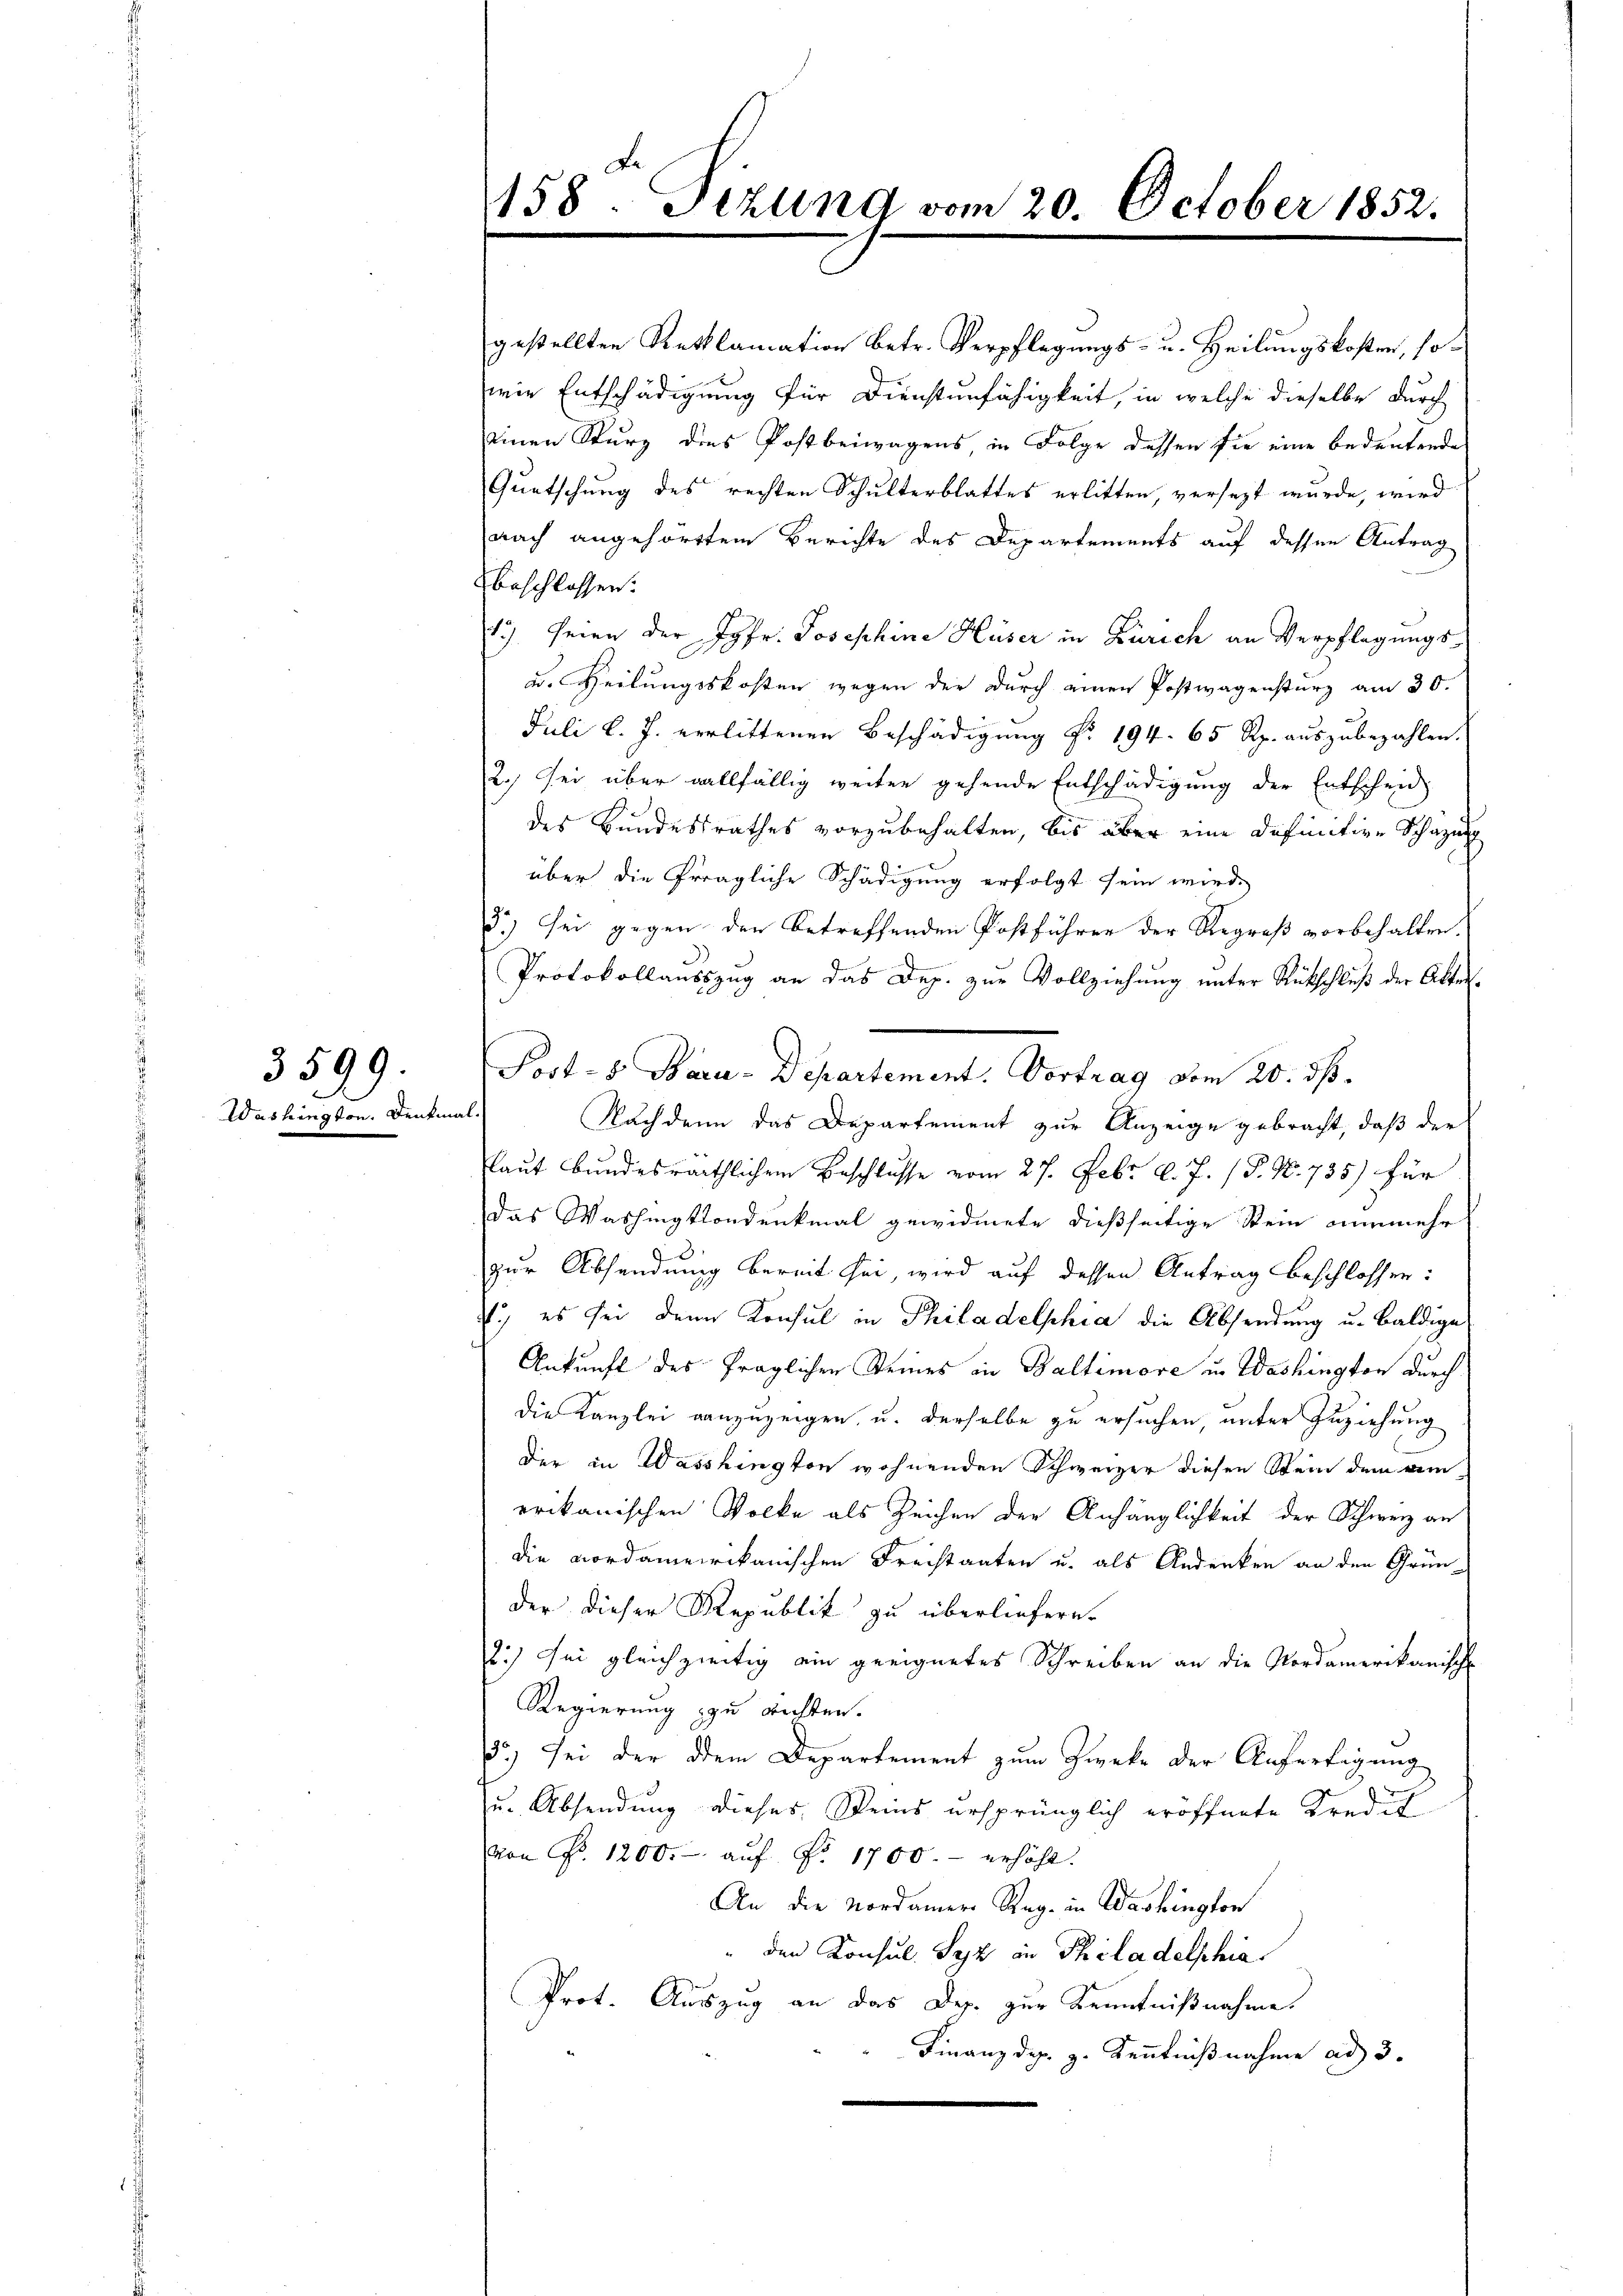
3599.
Washington. Denkmal

gestellten Reklamation betr. Verpflegungs- u. Heilungskosten, sowie Entschädigung für Dienstenfähigkeit, in welche dieselbe durch
einen Sturz des Postbeiwagens in Folge dessen sie eine bedeutende
Quetschung des rechten Schulterblattes erlitten, versezt wurde, wird
nach angehörttem Berichte des Departements auf dessen Antrag
sbeschlossen:
17. Seien der Jgfr. Josephine Huser in Zürich an Verpflegungs¬
u. Heilungskosten wegen der durch einen Postwagensturz am 30.
Juli l. J. verlittenen Beschädigung Nr 194. 65 Rp. auszubezahlen.
2.) Sei über allfällig weiter gehende Entschädigung der Entscheid
des Bundesrathes vorzubehalten, bis aber eine Definitive Schazun
über die fragliche Schädigung erfolgt sein wird,
d.) sei gegen den betreffenden Postführen der Regreß vorbehalten.
Protokollausszug an das Dep. zur Vollziehung unter Rückschluß der Akten¬
Post - 5. Baru-Departement. Vortrag vom 20. ds.
Nachdem das Departement zur Anzeige gebracht, daß der
laut bundesräthlichem Beschlusse vom 27. Febr. l. J. (T. N. 735) für
das Washingtondenkmal gewidmete dießseitige Stein nunmehr
zur Absendung bereit sei, wird auf dessen Antrag beschlossen:
4.) es sei denn Konsul in Philadelphia die Absendung u. baldige
Ankunft des fraglichen Seines in Baltimore u. Washington durch
die Kanzlei ganzuzeigen, u. derselbe zu ersuchen unter Zuziehung
der in Wasshington wohnenden Schweizer diesen Stein dem Beierikanischen Volke als Zeichen der Anhänglichkeit der Schweiz an
die vordamerikanischen Freistaaten u. als Andenken an den Grün-
der dieser Republik zu überliefern.
2.) Sei gleichzeitig ein geeignetes Schreiben an die Nordamerikanisch
Regierung zu richten.
.) sei der dem Departement zum Zwecke der Aufertigung
u. Absendung dieser Steins ursprünglich eröffnete Kredit
von Fr. 1200.- aŭf Fr. 1700 - erhöht.
An die Nordamer Reg. in Washington
den Konsul Syz in Philadelphia
Prot. Auszug an das Dep. zur Kenntnißnahme.
Finanz des. z. Kenntnißnahme ad 3.

158. Jezung vom 20. October 1852.